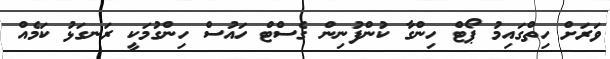
ވަރަށް ހިތްގައިމު ޕޯޓް ހިންގާ ކުންފުނިން ގެސްޓް ހައުސް ހިންގުމަކީ ރަނގަޅު ކަމެއް